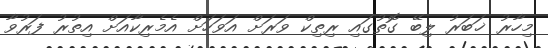
މިހާރު ޚަބަރު ލިބޭ ގޮތުގައި ރިތިކް ވަރަށް އަވަހަށް އެމެރިކާއަށް އިތުރު ފަރުވާ